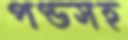
পণ্ডসহ